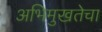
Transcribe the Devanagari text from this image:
अभिमुखतेचा